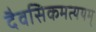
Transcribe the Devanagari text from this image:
दैवसिकमत्ययम्‌